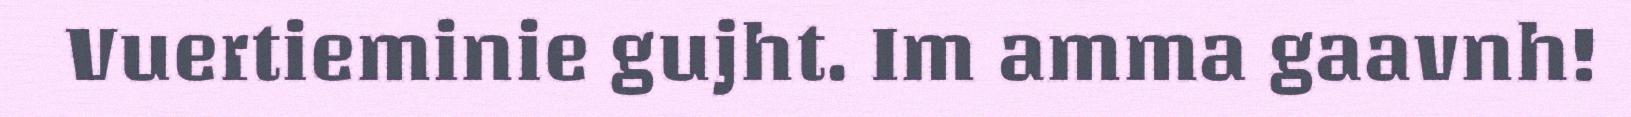
Vuertieminie gujht. Im amma gaavnh!